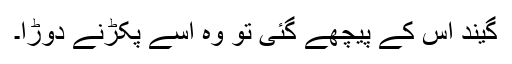
گیند اس کے پیچھے گئی تو وہ اسے پکڑنے دوڑا۔